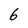
Character: 6